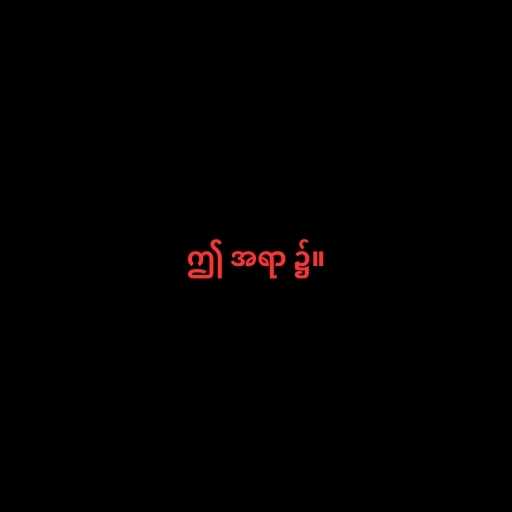
ဤ အရာ ၌။